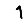
Digit: 1